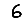
Digit: 6